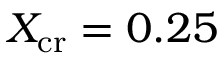
X _ { \mathrm { c r } } = 0 . 2 5